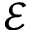
\mathcal { E }